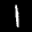
Label: 1